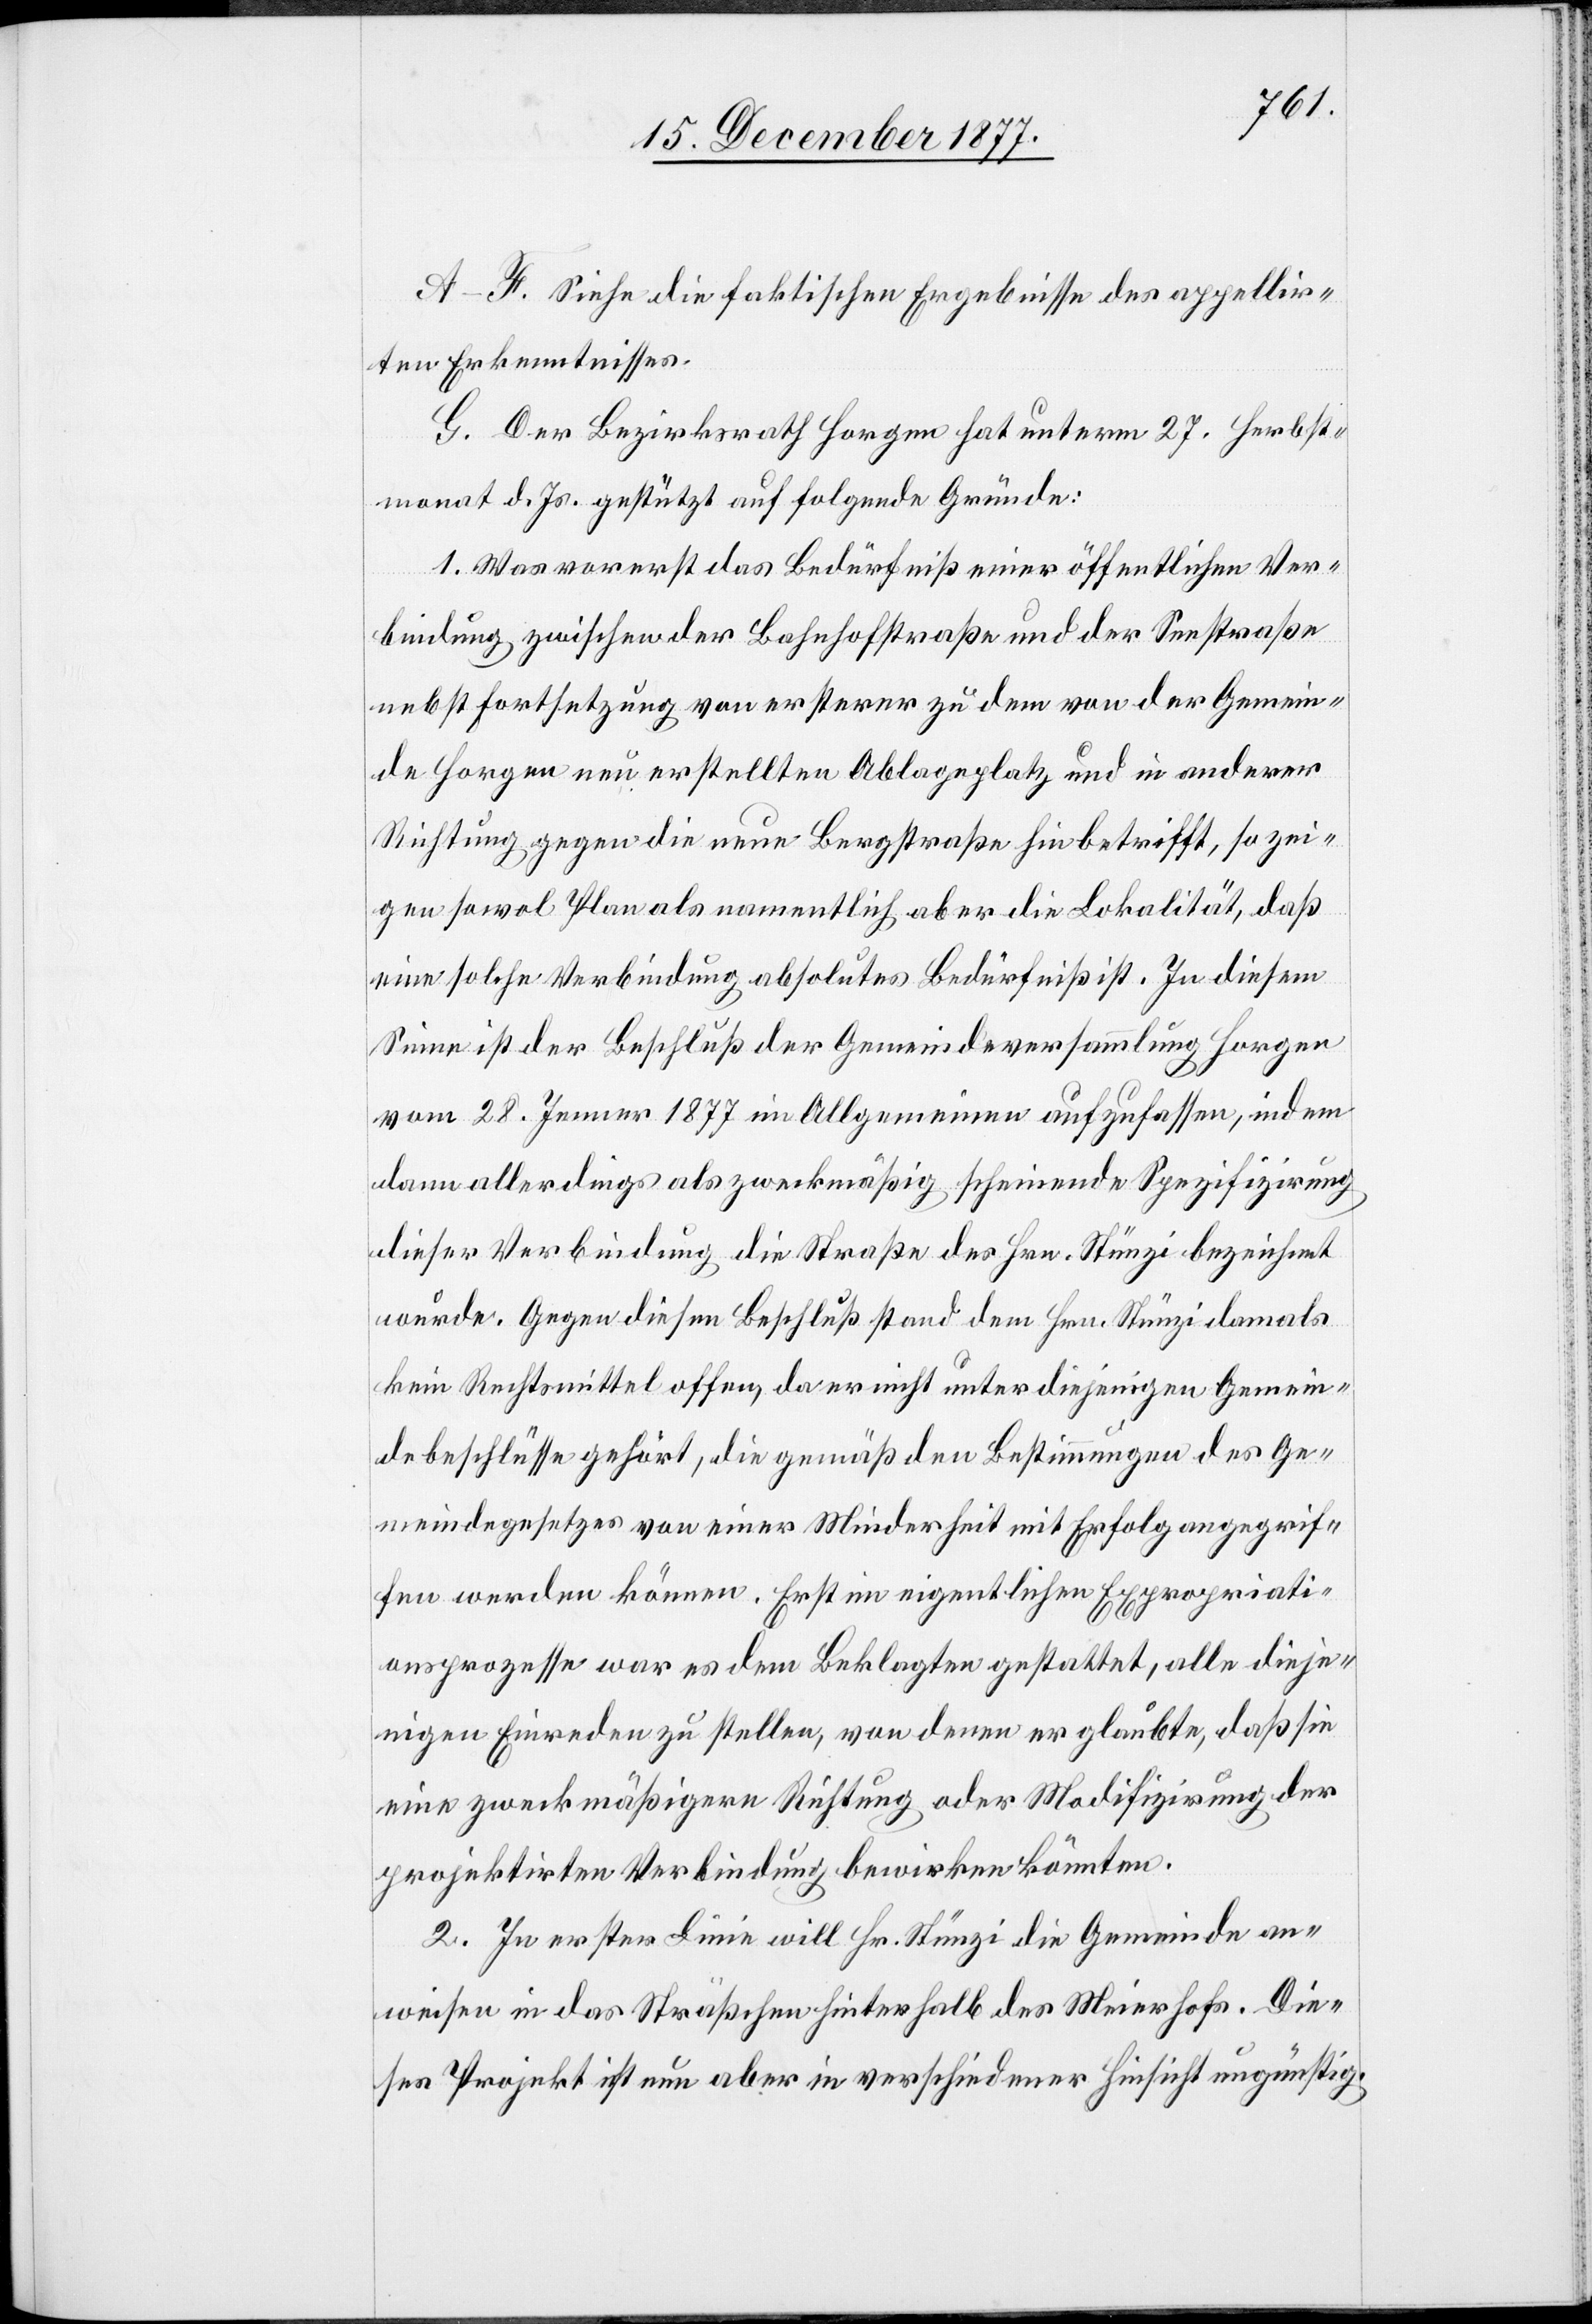
A–F. Siehe die faktischen Ergebnisse des appellir¬
ten Erkenntnisses.
G. Der Bezirksrath Horgen hat unterm 27. Herbst¬
monat d. Js. gestützt auf folgende Gründe:
1. Was vorerst das Bedürfniß einer öffentlichen Ver¬
bindung zwischen der Bahnhofstraße und der Seestraße
nebst Fortsetzung von ersterer zu dem von der Gemein¬
de Horgen neu erstellten Ablageplatz und in anderer
Richtung gegen die neue Bergstraße hin betrifft, so zei¬
gen sowol Plan als namentlich aber die Lokalität, daß
eine solche Verbindung absolutes Bedürfniß ist. In diesem
Sinne ist der Beschluß der Gemeindeversammlung Horgen
vom 28. Jenner 1877 im Allgemeinen aufzufassen, indem
dann allerdings als zweckmäßig scheinende Spezifizirung
dieser Verbindung die Straße des Hrn. Stünzi bezeichnet
wurde. Gegen diesen Beschluß stand dem Hrn. Stünzi damals
kein Rechtsmittel offen, da er nicht unter diejenigen Gemein¬
debeschlüsse gehört, die gemäß den Bestimmungen des Ge¬
meindegesetzes von einer Minderheit mit Erfolg angegrif¬
fen werden können. Erst im eigentlichen Expropriati¬
onsprozesse war es dem Beklagten gestattet, alle dieje¬
nigen Einreden zu stellen, von denen er glaubte, daß sie
eine zweckmäßigere Richtung oder Modifizirung der
projektirten Verbindung bewirken könnten.
2. In erster Linie will Hr. Stünzi die Gemeinde an¬
weisen in das Sträßchen hinterhalb des Meierhofs. Die¬
ses Projekt ist nun aber in verschiedener Hinsicht ungünstig.